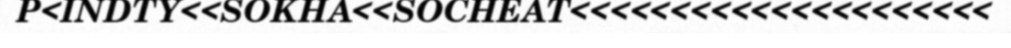
P<INDTY<<SOKHA<<SOCHEAT<<<<<<<<<<<<<<<<<<<<<